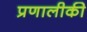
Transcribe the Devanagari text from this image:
प्रणालीकी